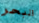
البحر